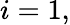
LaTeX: i=1,